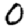
Digit: 0